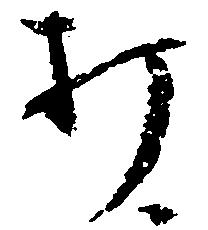
打